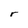
Character: r